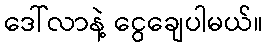
ဒေါ်လာနဲ့ ငွေချေပါမယ်။